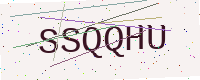
Text: SSQQHU